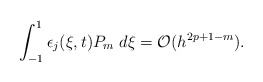
\begin{align*}\int_{-1}^1 \epsilon_j(\xi,t) P_m \; d\xi = \mathcal{O}(h^{2p+1-m}).\end{align*}